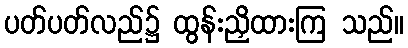
ပတ်ပတ်လည်၌ ထွန်းညှိထားကြ သည်။